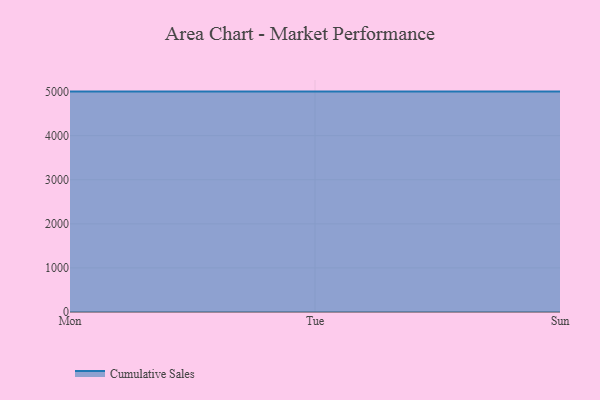
{"axis": {"x": "Day", "y": "Humidity (%)"}, "legend": ["Cumulative Sales"], "data": [{"x": "Mon", "y": 5000, "type": "Cumulative Sales"}, {"x": "Tue", "y": 5000, "type": "Cumulative Sales"}, {"x": "Sun", "y": 5000, "type": "Cumulative Sales"}]}